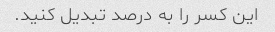
این کسر را به درصد تبدیل کنید.